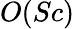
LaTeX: O(Sc)